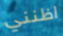
اظنني